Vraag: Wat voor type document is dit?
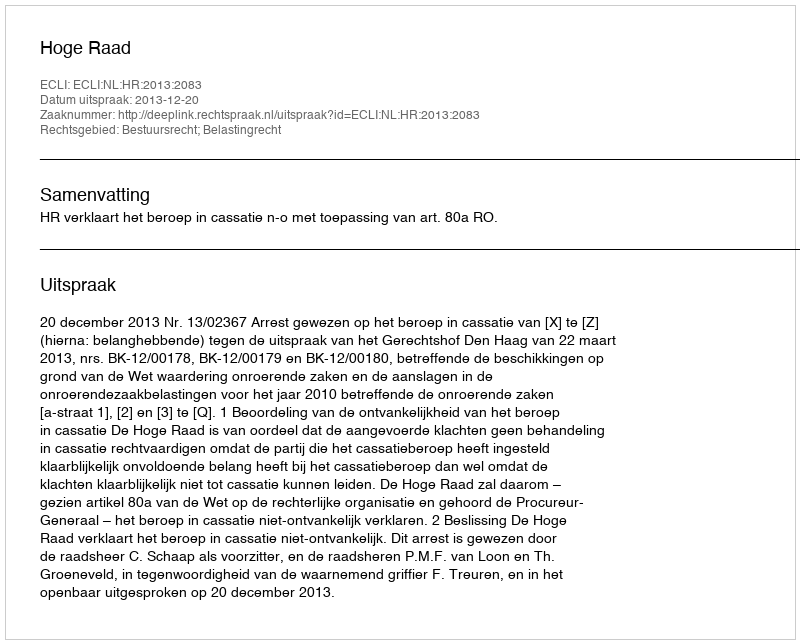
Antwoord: Uitspraak